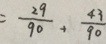
= \frac { 2 9 } { 9 0 } + \frac { 4 3 } { 9 0 }